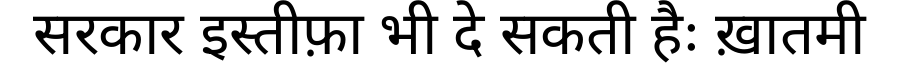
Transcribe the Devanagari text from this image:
सरकार इस्तीफ़ा भी दे सकती हैः ख़ातमी